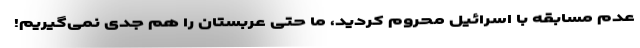
عدم مسابقه با اسرائیل محروم کردید، ما حتی عربستان را هم جدی نمی‌گیریم!